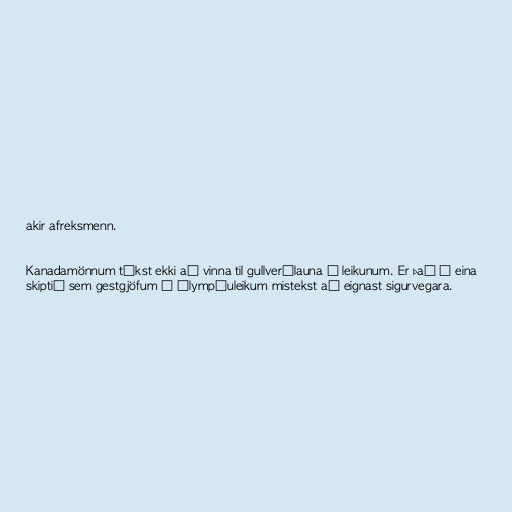
akir afreksmenn.

Kanadamönnum tókst ekki að vinna til gullverðlauna á leikunum. Er það í eina
skiptið sem gestgjöfum á Ólympíuleikum mistekst að eignast sigurvegara.